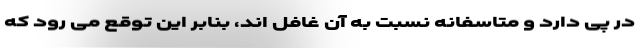
در پی دارد و متاسفانه نسبت به آن غافل اند، بنابر این توقع می رود که